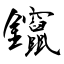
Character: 鑹